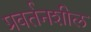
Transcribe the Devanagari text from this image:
प्रवर्तनशील